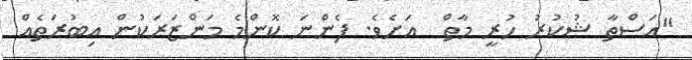
"އަސްތާ ޝުކުރު ހުރީ މާތް  އަށެވެ. ފެންނަ ކޮންމެ މަންޒަރަކުން އިބުރަތެއް